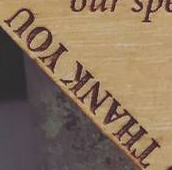
THANK YOU